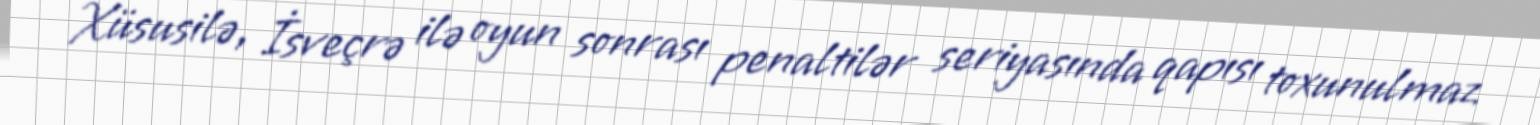
Xüsusilə, İsveçrə ilə oyun sonrası penaltilər seriyasında qapısı toxunulmaz